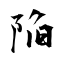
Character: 陥